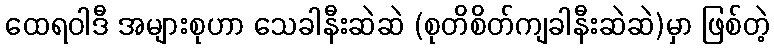
ထေရဝါဒီ အများစုဟာ သေခါနီးဆဲဆဲ (စုတိစိတ်ကျခါနီးဆဲဆဲ)မှာ ဖြစ်တဲ့